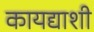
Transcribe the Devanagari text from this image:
कायद्याशी